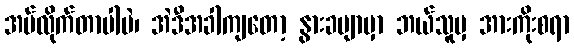
အပ်လိုက်တာပါပဲ၊ အဲဒီအခါကျတော့ နွားခမျာမှာ ဘယ်သူမှ အားကိုးစရာ